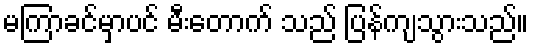
မကြာခင်မှာပင် မီးတောက် သည် ပြန်ကျသွားသည်။